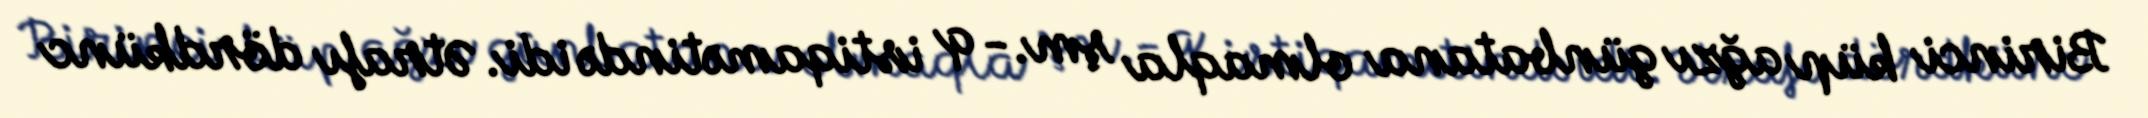
Birinci küp ağzı günbatana olmaqla şm.- q istiqamətində idi. Ətrafı dördkünc